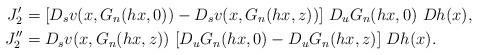
\begin{align*} J_2' & = [D_{s}v(x,G_n(hx,0)) -D_{s}v(x,G_n(hx,z)) ]\ D_uG_n(hx,0) \ Dh(x), \\ J_2'' & = D_{s}v(x,G_n(hx,z)) \ [D_uG_n(hx,0) - D_uG_n(hx, z)] \ Dh(x). \end{align*}